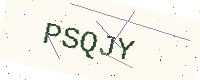
Text: PSQJY